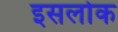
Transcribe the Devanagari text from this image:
इसलोक